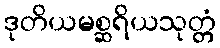
ဒုတိယမစ္ဆရိယသုတ္တံ